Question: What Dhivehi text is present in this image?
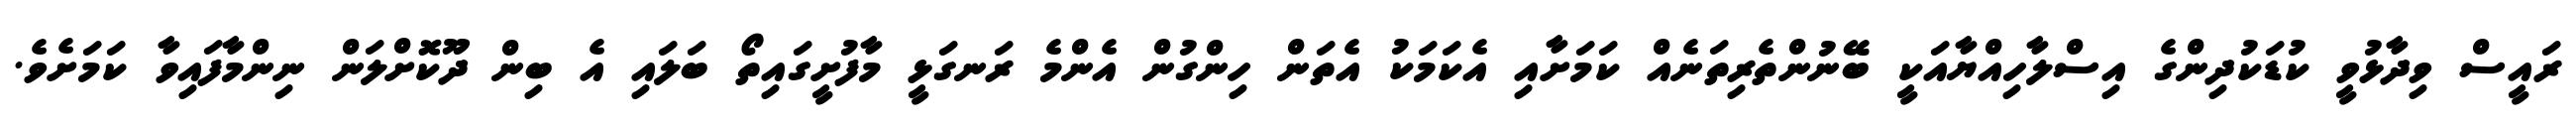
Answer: ރައީސް ވިދާޅުވީ ކުޑަކުދިންގެ އިސްލާހިއްޔާއަކީ ބޭނުންތެރިތަނެއް ކަމަށާއި އެކަމަކު އެތަން ހިންގުން އެންމެ ރަނގަޅީ މާފުށީގައިތޯ ބަލައި އެ ބިން ދޫކޮށްލަން ނިންމާފައިވާ ކަމަށެވެ.